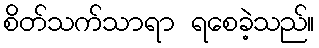
စိတ်သက်သာရာ ရစေခဲ့သည်။